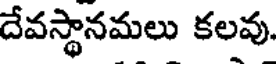
దేవస్థానమలు కలవు.